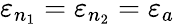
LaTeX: \varepsilon_{n_{1}}=\varepsilon_{n_{2}}=\varepsilon_{a}